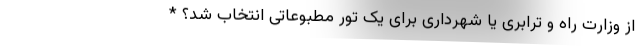
از وزارت راه و ترابری یا شهرداری برای یک تور مطبوعاتی انتخاب شد؟ *